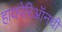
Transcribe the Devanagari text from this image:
हायपेरिऑनची